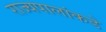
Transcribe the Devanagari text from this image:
राज्यपालांकडे